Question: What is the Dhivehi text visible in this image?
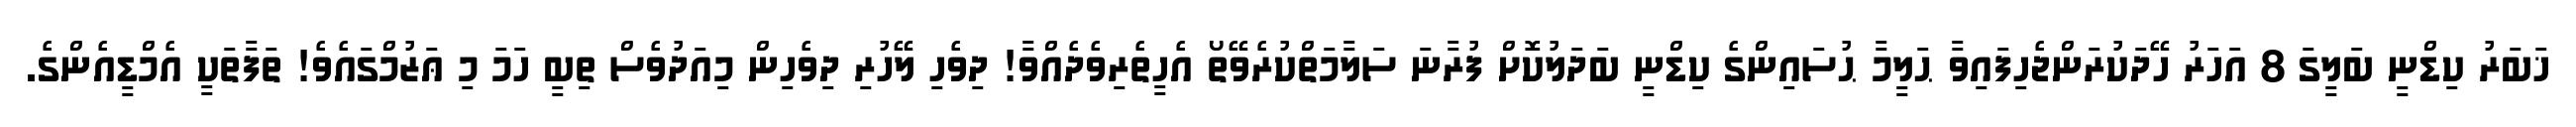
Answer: ޚަބަރު ކިޑްނީ ބަލީގަ 8 އަހަރު ހޭދަކުރަންޖެހިފައިވާ ޙަލީމާ ޙުސައިންގެ ކިޑްނީ ބަދަލުކޮށް ފުރާނަ ސަލާމަތްކުރެވޭތޯ އެހީތެރިވެދެއްވާ! ދިވެހި ލޭހުރި ދިވެހިން މިއަދުވެސް ތިބީ ހަމަ މި ޢަޒުމްގައެވެ! ތަފާތަކީ އެމްޑީއެންގެ.